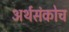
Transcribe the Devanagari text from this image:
अर्थसंकोच